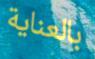
بالعناية